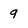
Character: 9